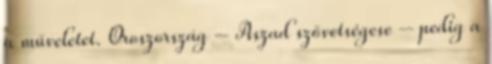
a műveletet. Oroszország – Aszad szövetségese – pedig a